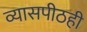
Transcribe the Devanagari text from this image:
व्यासपीठही